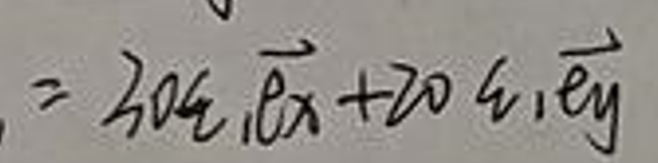
$= 30\epsilon_1\overrightarrow{e_x}+20\epsilon_1\overrightarrow{e_y}$